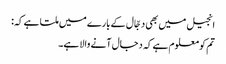
انجیل میں بھی دجّال کے بارے میں ملتا ہے کہ:
تم کو معلوم ہے کہ دجال آنے والا ہے۔